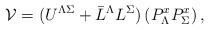
LaTeX: \begin{align*}{\cal V} = (U^{\Lambda\Sigma} + \bar{L}^\Lambda L^\Sigma)\left( P_{\Lambda}^x P_{\Sigma}^x\right),\end{align*}